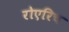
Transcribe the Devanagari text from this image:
रोएरिच